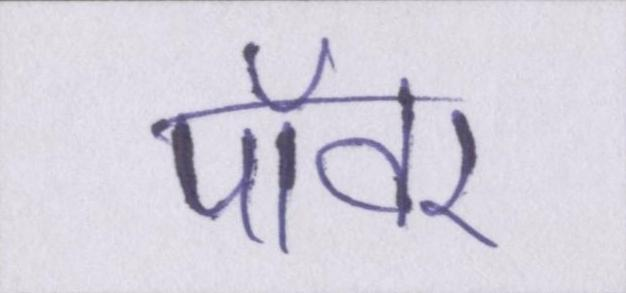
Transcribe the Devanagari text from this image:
पॉवर